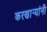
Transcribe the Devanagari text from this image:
करणार्‍यांनी